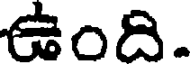
ఉంది.